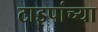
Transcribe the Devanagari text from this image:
टाइपांच्या